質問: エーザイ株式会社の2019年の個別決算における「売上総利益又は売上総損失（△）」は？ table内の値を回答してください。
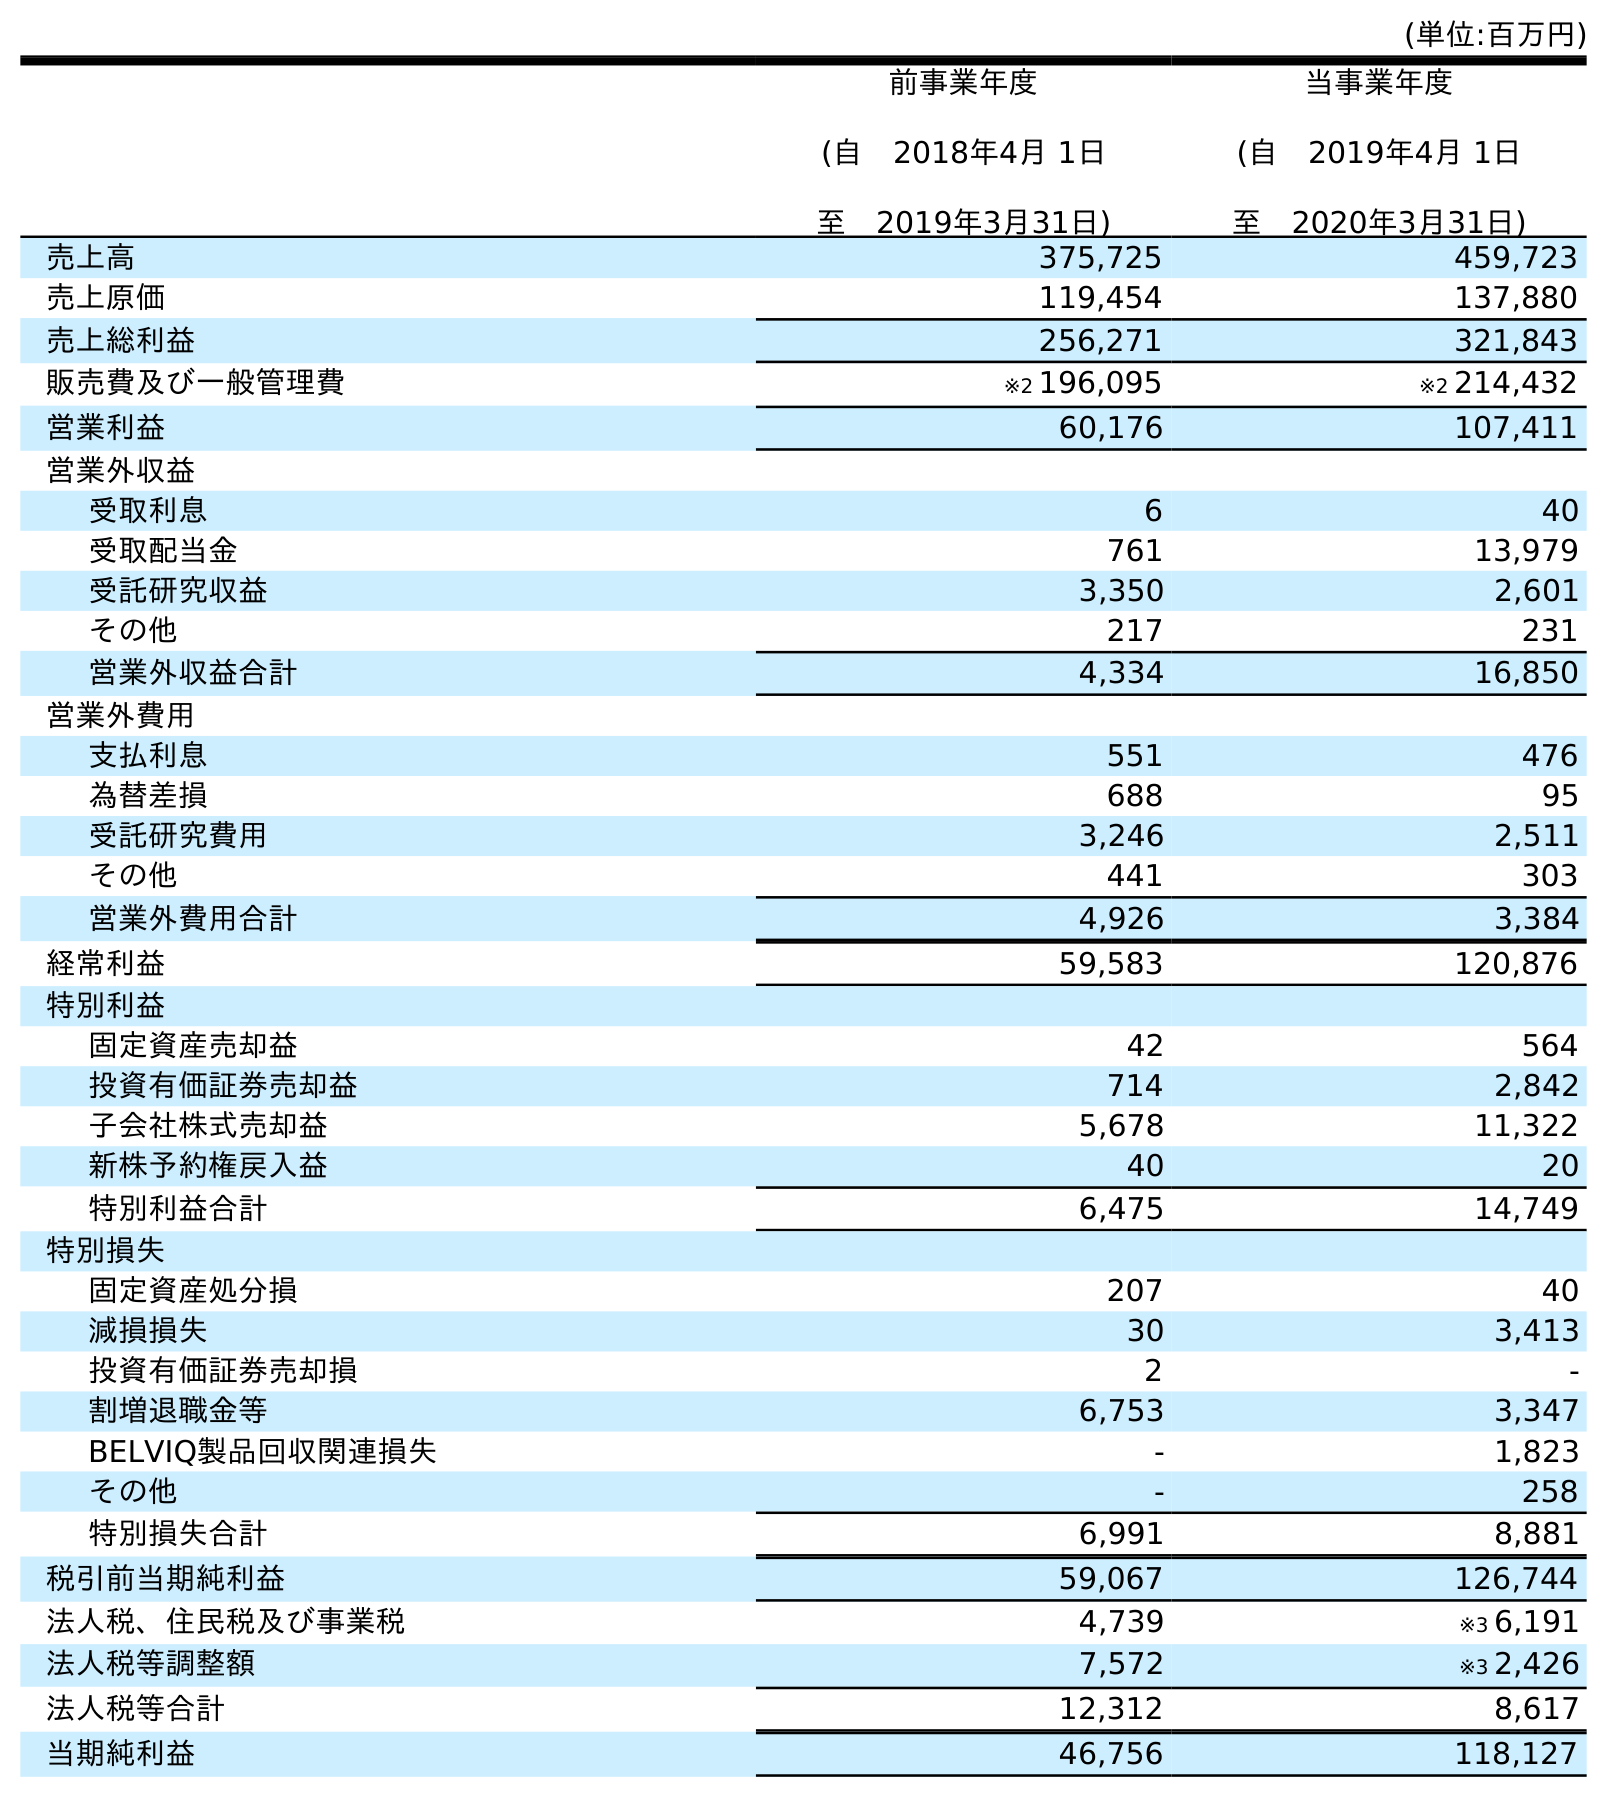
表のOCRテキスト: (単位:百万円) 前事業年度 (自 2018年4月 1日 至 2019年3月31日) 当事業年度 (自 2019年4月 1日 至 2020年3月31日) 売上高 375,725 459,723 売上原価 119,454 137,880 売上総利益 256,271 321,843 販売費及び一般管理費 ※2 196,095 ※2 214,432 営業利益 60,176 107,411 営業外収益 受取利息 6 40 受取配当金 761 13,979 受託研究収益 3,350 2,601 その他 217 231 営業外収益合計 4,334 16,850 営業外費用 支払利息 551 476 為替差損 688 95 受託研究費用 3,246 2,511 その他 441 303 営業外費用合計 4,926 3,384 経常利益 59,583 120,876 特別利益 固定資産売却益 42 564 投資有価証券売却益 714 2,842 子会社株式売却益 5,678 11,322 新株予約権戻入益 40 20 特別利益合計 6,475 14,749 特別損失 固定資産処分損 207 40 減損損失 30 3,413 投資有価証券売却損 2 - 割増退職金等 6,753 3,347 BELVIQ製品回収関連損失 - 1,823 その他 - 258 特別損失合計 6,991 8,881 税引前当期純利益 59,067 126,744 法人税、住民税及び事業税 4,739 ※3 6,191 法人税等調整額 7,572 ※3 2,426 法人税等合計 12,312 8,617 当期純利益 46,756 118,127
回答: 256,271